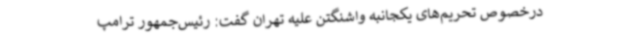
درخصوص تحریم‌های یکجانبه واشنگتن علیه تهران گفت: رئیس‌جمهور ترامپ